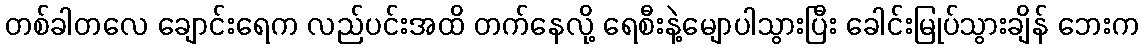
တစ်ခါတလေ ချောင်းရေက လည်ပင်းအထိ တက်နေလို့ ရေစီးနဲ့မျောပါသွားပြီး ခေါင်းမြုပ်သွားချိန် ဘေးက